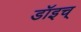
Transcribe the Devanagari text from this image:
डॉइच्